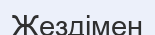
Жездімен